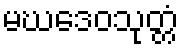
မဃဒေဝသုတ္တံ